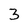
Character: 3